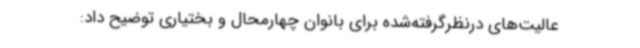
عالیت‌های درنظرگرفته‌شده برای بانوان چهارمحال و بختیاری توضیح داد: